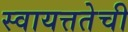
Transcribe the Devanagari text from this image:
स्वायत्ततेची